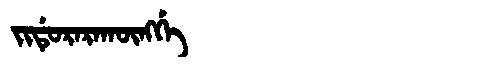
Manchu: ᠵᡳᡩᡠᡵᠠᡵᠠᡴᡡᠩᡤᡝ
Romanization: JIDURARAKŪNGGE